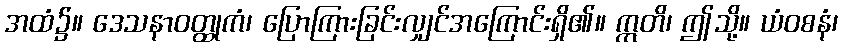
အထံ၌။ ဒေသနာဝတ္ထုကံ၊ ပြောကြားခြင်းလျှင်အကြောင်းရှိ၏။ ဣတိ၊ ဤသို့။ ယံဝစနံ၊